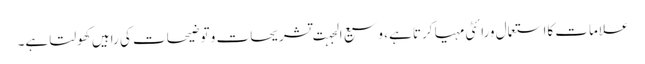
علامات کااستعمال ورائٹی مہیا کرتا ہے، وسیع الجہت تشریحات و توضیحات کی راہیں کھولتا ہے۔